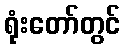
ရုံးတော်တွင်